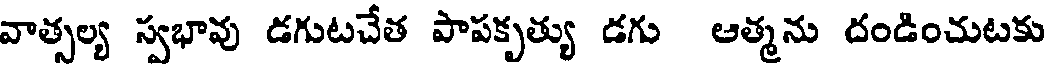
వాత్సల్య స్వభావు డగుటచేత పాపకృత్యు డగు ఆత్మను దండించుటకు